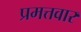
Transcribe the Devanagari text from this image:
प्रमत्तवार